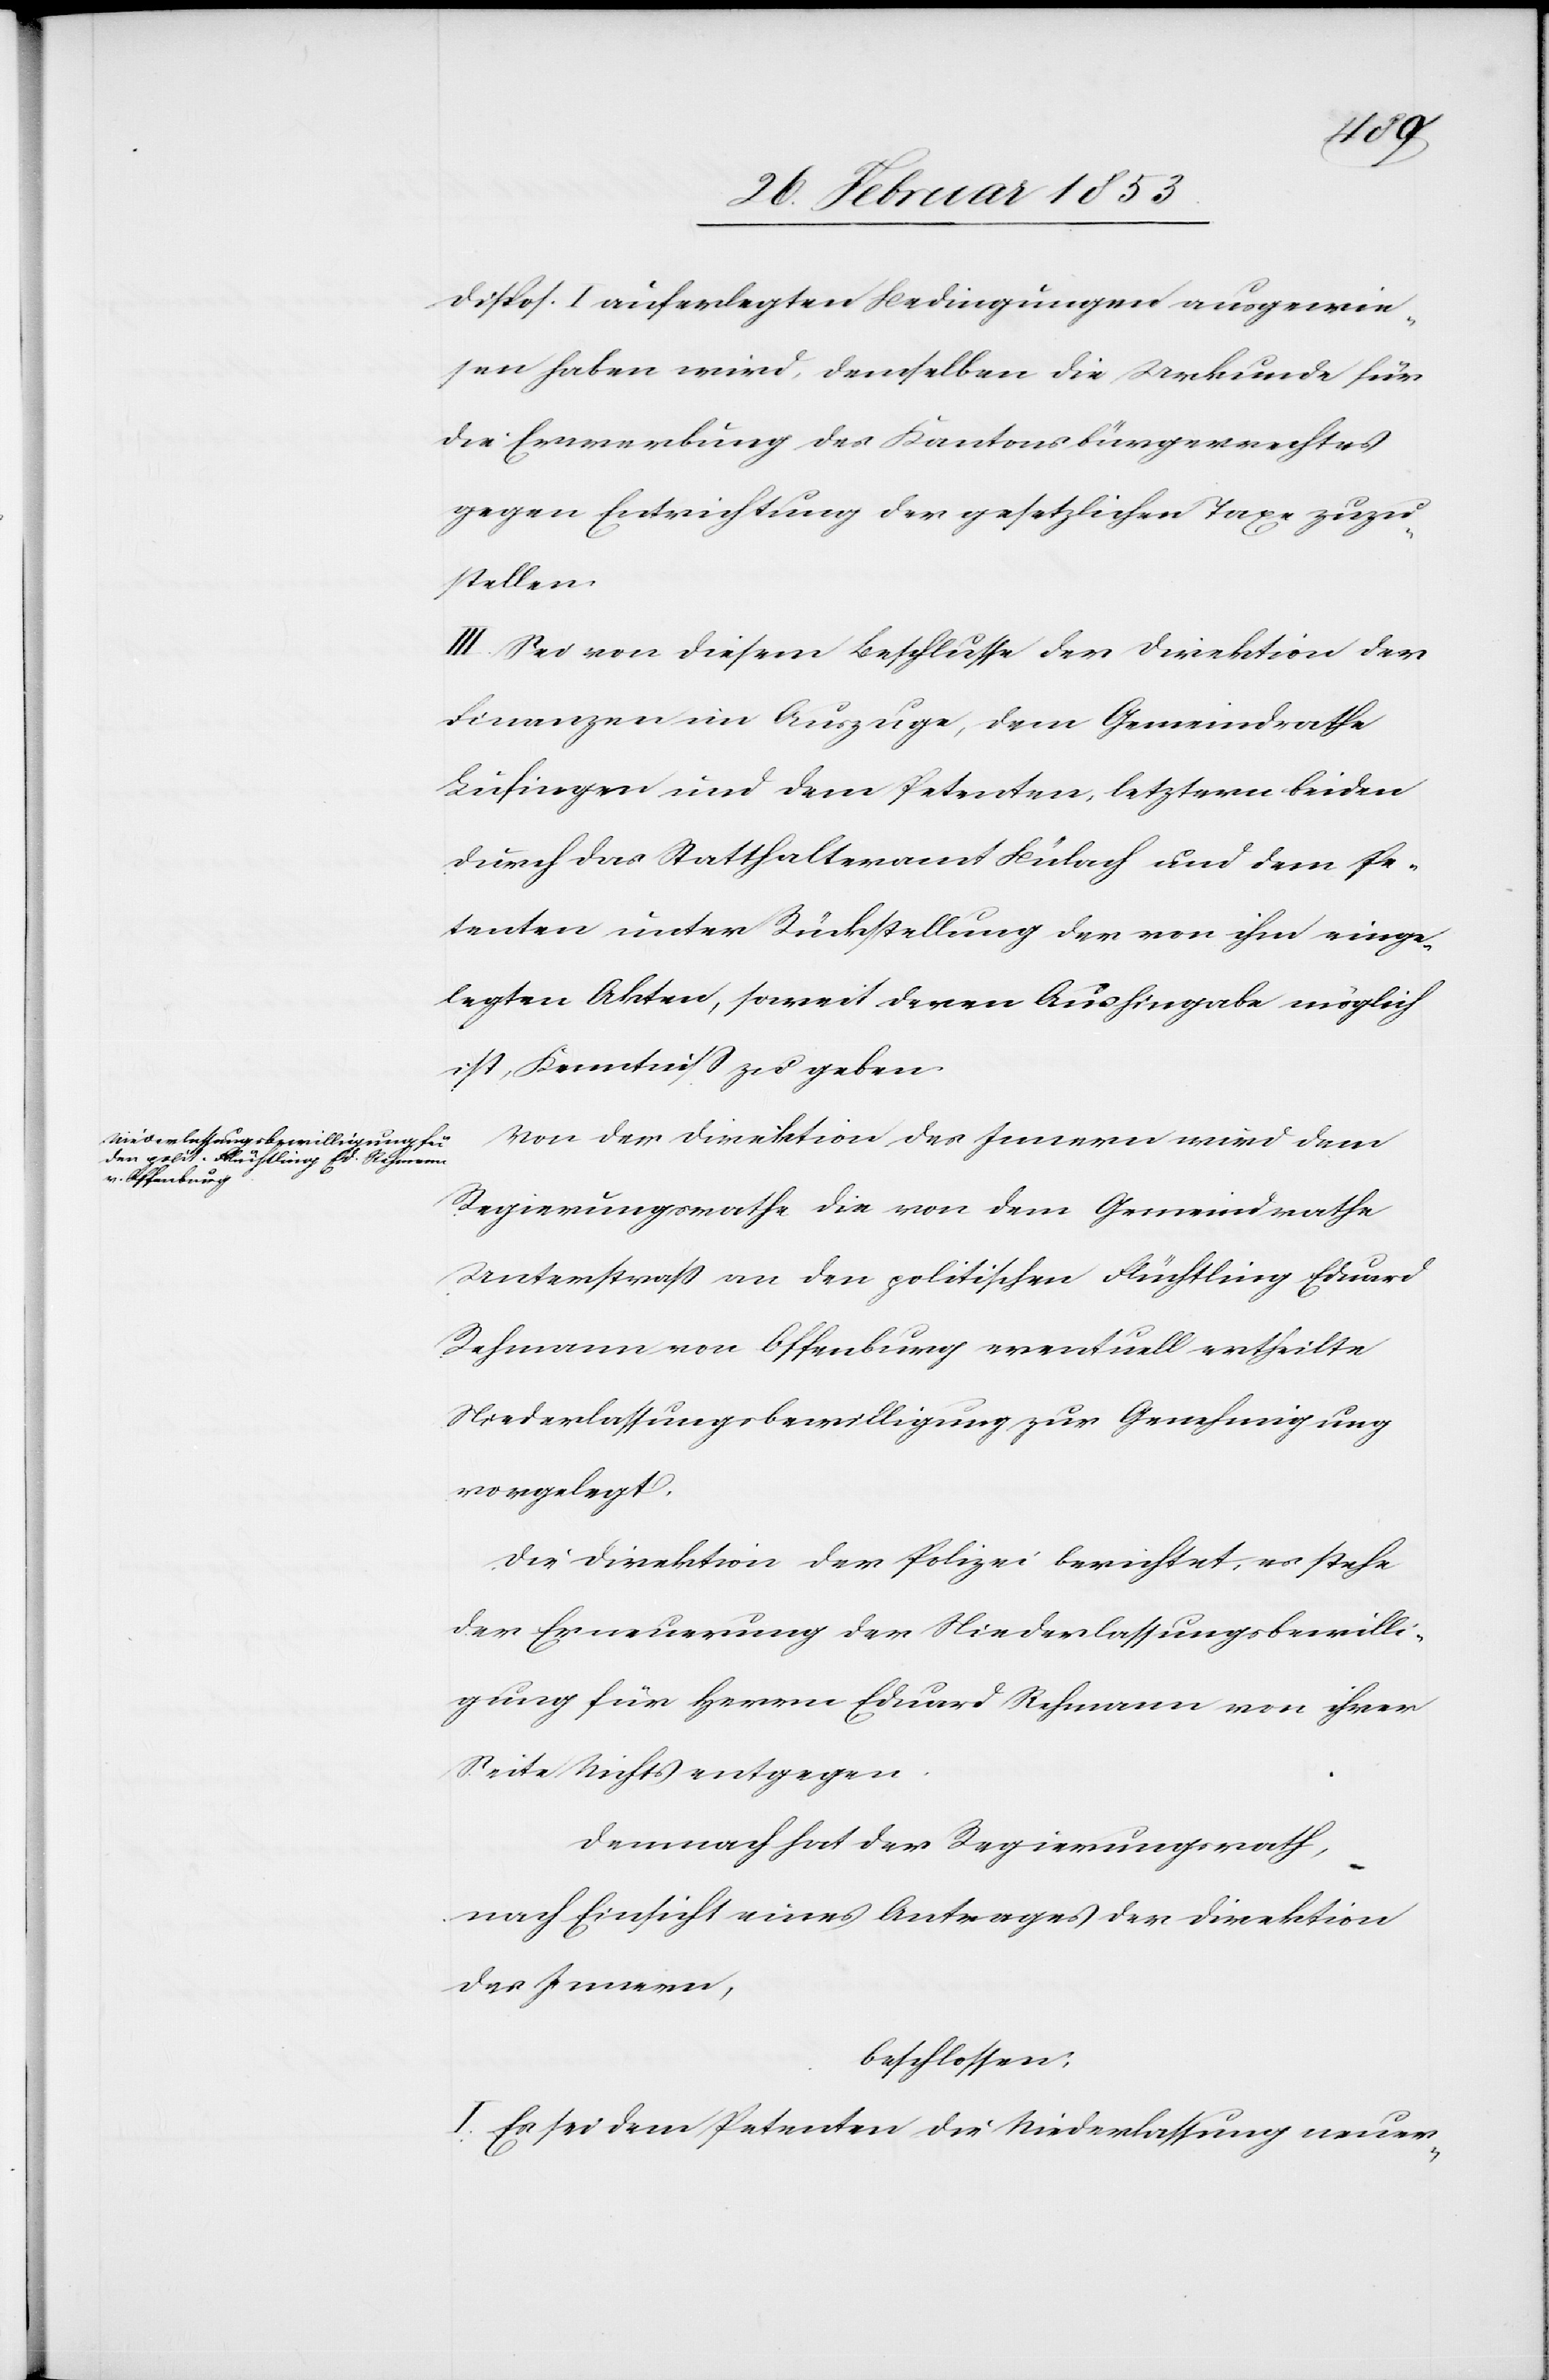
Dispos. I. auferlegten Bedingungen ausgewie¬
sen haben wird, demselben die Urkunde für
die Erwerbung des Kantonsbürgerrechtes
gegen Entrichtung der gesetzlichen Taxe zuzu¬
stellen.
III. Sei von diesem Beschlusse der Direktion der
Finanzen im Auszuge, dem Gemeindrathe
Lusingen und dem Petenten, letztern beiden
durch das Statthalteramt Bülach und dem Pe¬
tenten unter Rückstellung der von ihm einge¬
legten Akten, soweit deren Aushingabe möglich
ist, Kenntniß zu geben.
Von der Direktion des Innern wird dem
Regierungsrathe die von dem Gemeindrathe
Unterstraß an den politischen Flüchtling Eduard
Rehmann von Offenburg eventuell ertheilte
Niederlaßungsbewilligung zur Genehmigung
vorgelegt.
Die Direktion der Polizei berichtet, es stehe
der Erneuerung der Niederlaßungsbewilli¬
gung für Herrn Eduard Rehmann von ihrer
Seite Nichts entgegen.
Demnach hat der Regierungsrath,
nach Einsicht eines Antrages der Direktion
des Innern,
beschlossen:
I. Es sei dem Petenten die Niederlassung neuer-